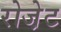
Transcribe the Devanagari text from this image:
रोजे़ट